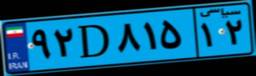
۹۲D۸۱۵۱۲